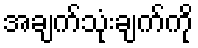
အချက်သုံးချက်ကို